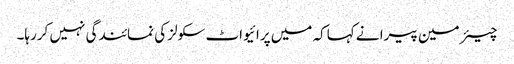
چیئر مین پیرا نے کہاکہ میں پرائیواٹ سکولز کی نمائندگی نہیں کررہا۔